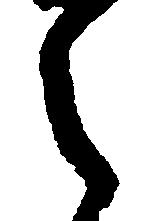
之